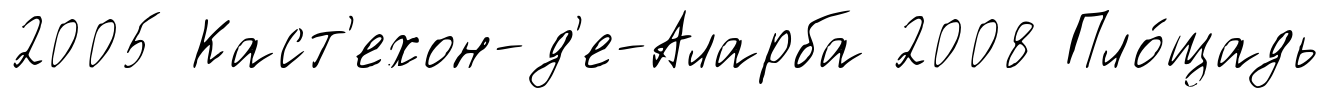
2005 Каст'ехон-д'е-Аларба 2008 Пло́щадь